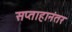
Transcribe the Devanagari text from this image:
सप्ताहानंतर